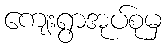
ကျေးရွာအုပ်စုမှ